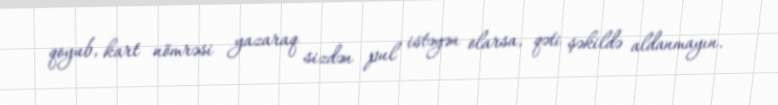
qoyub, kart nömrəsi yazaraq sizdən pul istəyən olarsa, qəti şəkildə aldanmayın.